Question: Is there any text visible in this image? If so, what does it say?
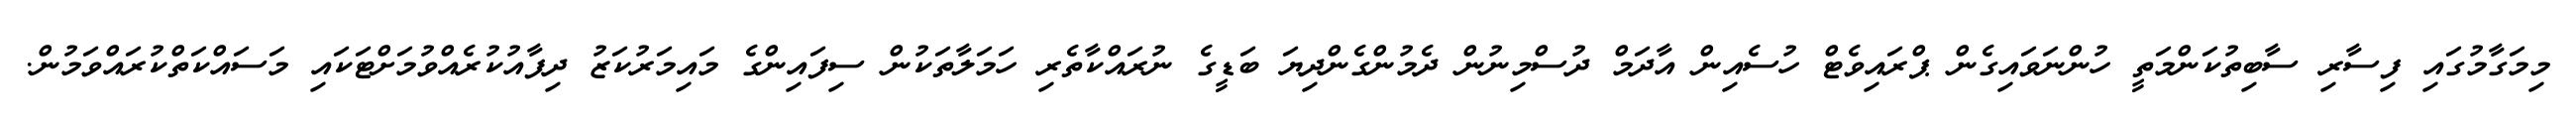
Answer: މިމަގާމުގައި ފިސާރި ސާބިތުކަންމަތީ ހުންނަވައިގެން ޕްރައިވެޓް ހުސެއިން އާދަމް ދުސްމިނުން ދެމުންގެންދިޔަ ބަޑީގެ ނުރައްކާތެރި ހަމަލާތަކުން ސިފައިންގެ މައިމަރުކަޒު ދިފާއުކުރެއްވުމަށްޓަކައި މަސައްކަތްކުރައްވަމުން.